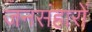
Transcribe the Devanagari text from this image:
जनसंहारों